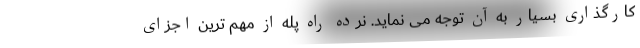
کارگذاری بسیار به آن توجه می نماید. نرده راه پله از مهم ترین اجزای